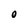
Character: O